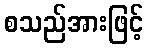
စသည်အားဖြင့်